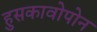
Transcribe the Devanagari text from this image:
हुसकावोपोन